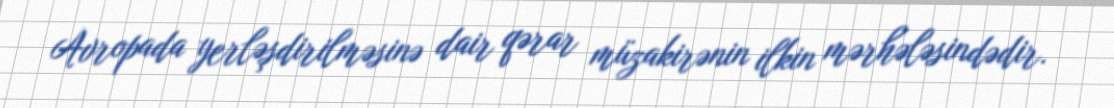
Avropada yerləşdirilməsinə dair qərar müzakirənin ilkin mərhələsindədir.